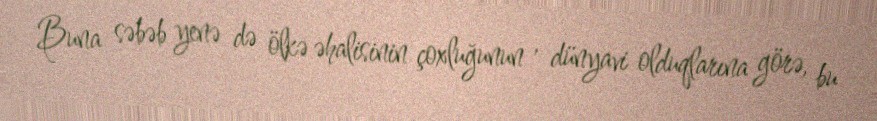
Buna səbəb yenə də ölkə əhalisinin çoxluğunun , dünyavi olduqlarına görə, bu